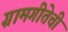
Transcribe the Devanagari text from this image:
ग्रामगीतेची